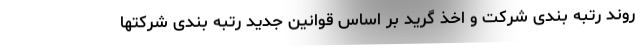
روند رتبه بندی شرکت و اخذ گرید بر اساس قوانین جدید رتبه بندی شرکتها